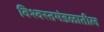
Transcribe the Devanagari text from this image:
विश्वस्तमंडळातील